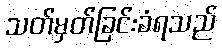
သတ်မှတ်ခြင်းခံရသည်